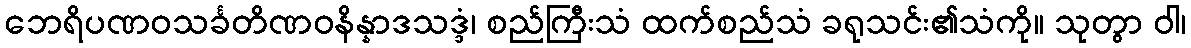
ဘေရိပဏဝသင်္ခတိဏဝနိန္နာဒသဒ္ဒံ၊ စည်ကြီးသံ ထက်စည်သံ ခရုသင်း၏သံကို။ သုတွာ ဝါ၊